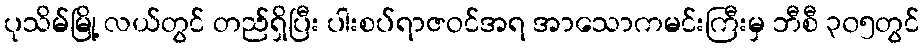
ပုသိမ်မြို့ လယ်တွင် တည်ရှိပြီး ပါးစပ်ရာဇဝင်အရ အာသောကမင်းကြီးမှ ဘီစီ ၃၀၅တွင်